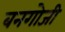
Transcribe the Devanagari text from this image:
बनगोजी